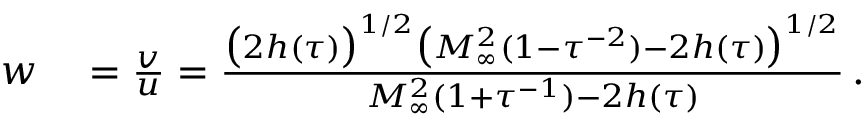
\begin{array} { r l } { w } & { { } = \frac { v } { u } = \frac { \big ( 2 h ( \tau ) \big ) ^ { 1 / 2 } \big ( M _ { \infty } ^ { 2 } ( 1 - \tau ^ { - 2 } ) - 2 h ( \tau ) \big ) ^ { 1 / 2 } } { M _ { \infty } ^ { 2 } ( 1 + \tau ^ { - 1 } ) - 2 h ( \tau ) } \, . } \end{array}